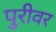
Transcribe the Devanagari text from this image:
पुरीवर